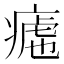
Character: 𱱚